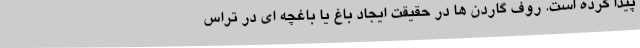
پیدا کرده است. روف گاردن ها در حقیقت ایجاد باغ یا باغچه ای در تراس